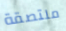
ملتصقة